Madras plague regulations and rules - Volume 1
Disease focus: Plague
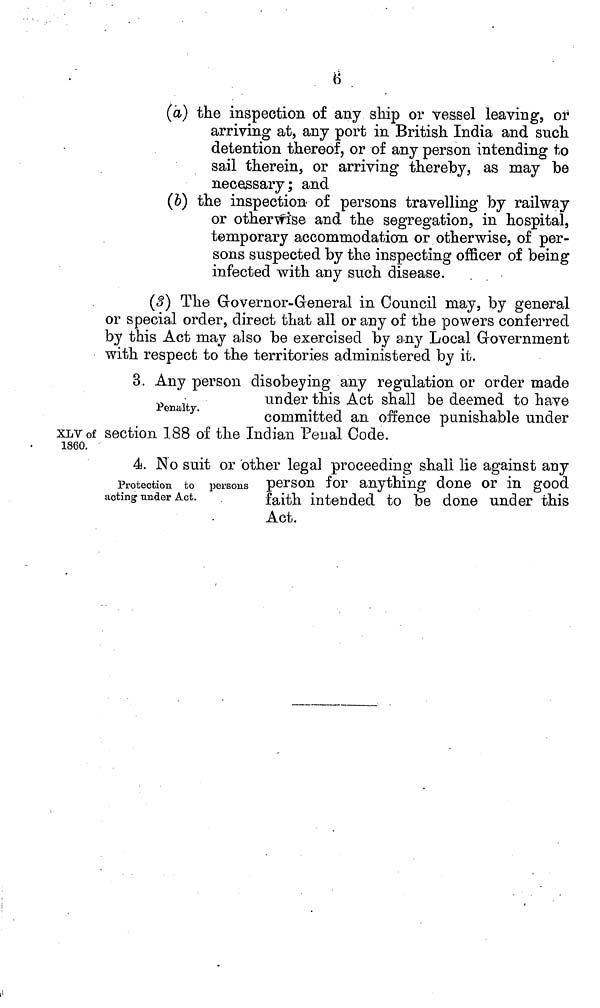
8 .
(a) the inspection of any ship or vessel leaving, or
arriving at, any port in British India and such
detention thereof, or of any person intending to
sail therein, or arriving thereby, as may be
necessary; and
(b) the inspection of persons travelling by railway
or otherwise and the segregation, in hospital,
temporary accommodation or otherwise, of per-
sons suspected by the inspecting officer of being
infected with any such disease.
(3) The Governor-General in Council may, by general
or special order, direct that all or any of the powers conferred
by this Act may also be exercised by any Local Government
with respect to the territories administered by it.
Penalty.
3. Any person disobeying any regulation or order made
under this Act shall be deemed to have
committed an offence punishable under
XLV of section 188 of the Indian Penal Code.
1860.
Protection to persons
acting under Act.
4. No suit or other legal proceeding shall lie against any
person for anything done or in good
faith intended to be done under this
Act.